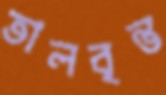
তালবৃন্ত